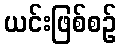
ယင်းဖြစ်စဉ်